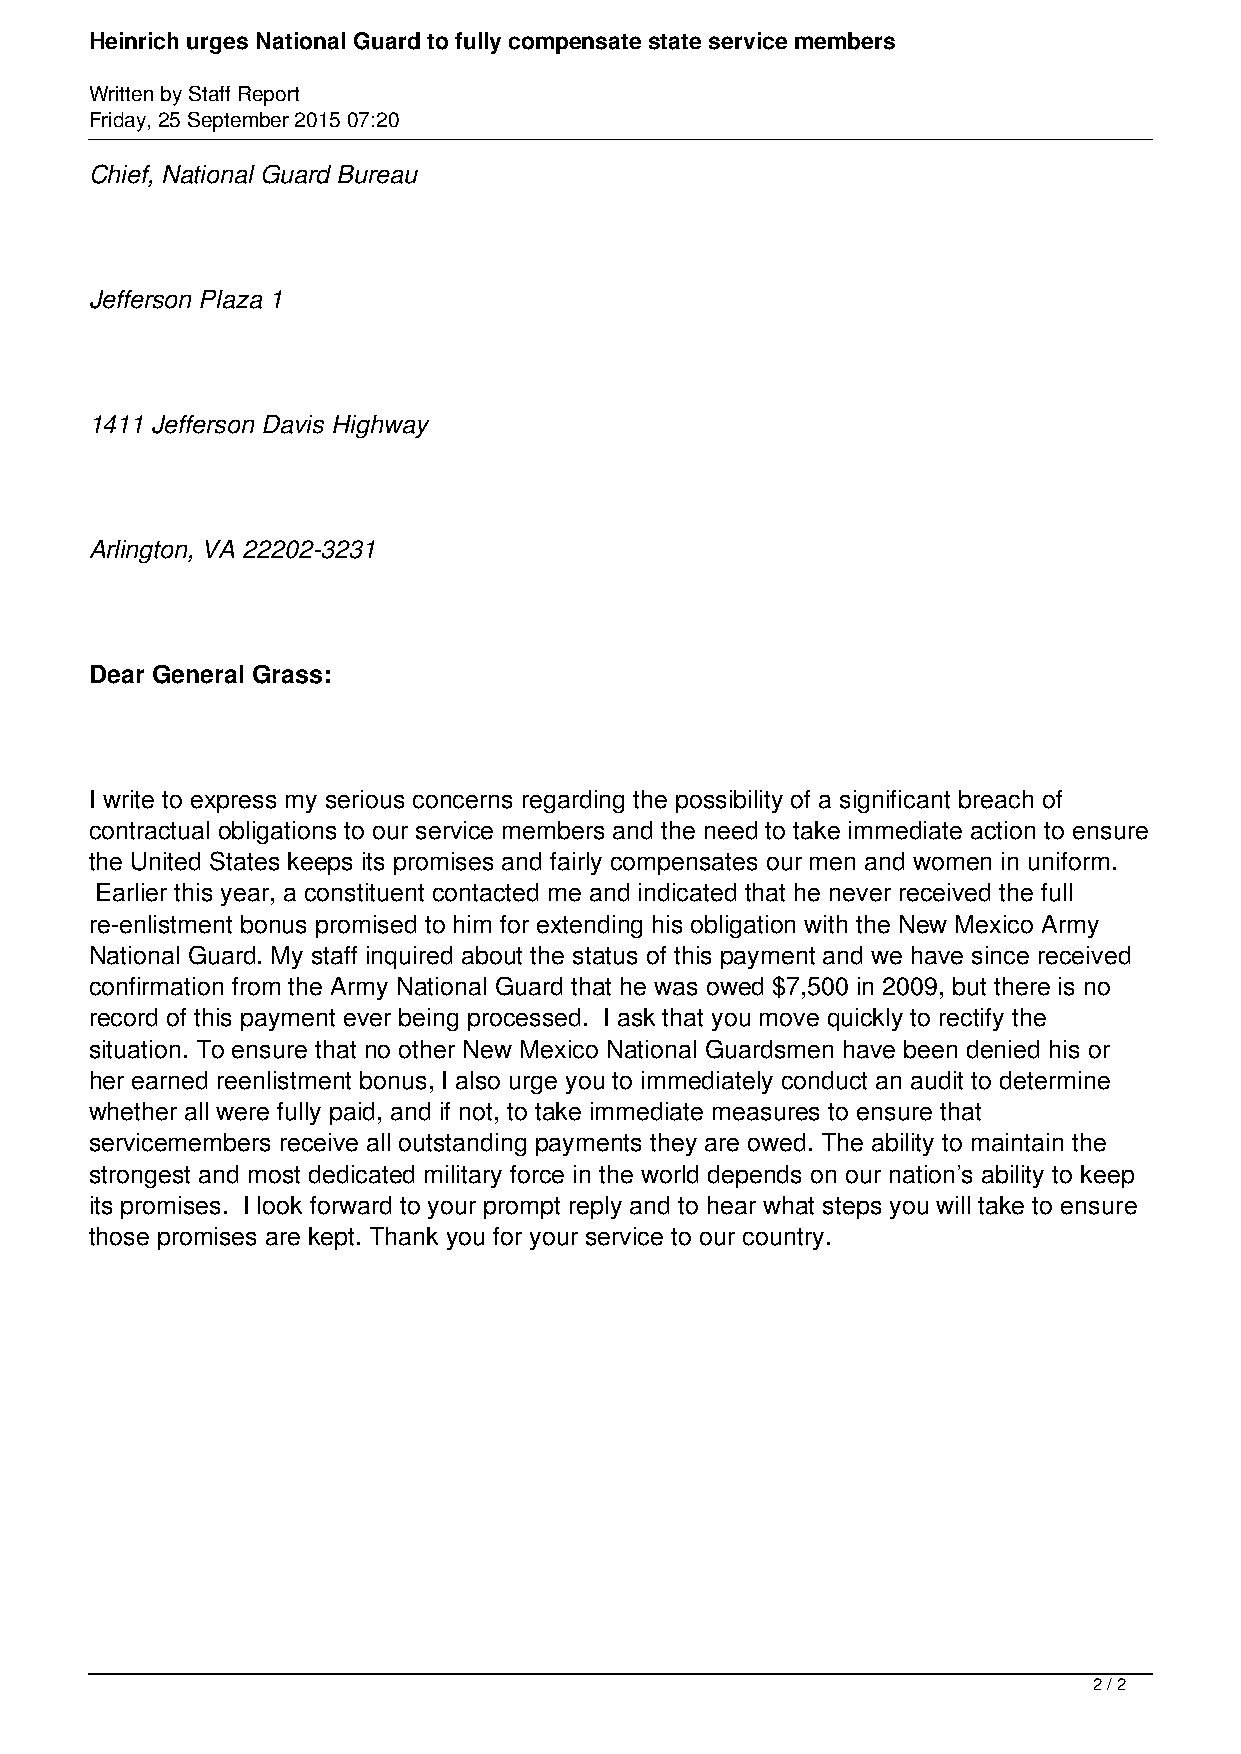
Heinrich urges National Guard to fully compensate state service members
 Written by Staff Report
 Friday, 25 September 2015 07:20
 Chief, National Guard Bureau
 Jefferson Plaza 1
 1411 Jefferson Davis Highway
 Arlington, VA 22202-3231
 Dear General Grass:
 I write to express my serious concerns regarding the possibility of a significant breach of
 contractual obligations to our service members and the need to take immediate action to ensure
 the United States keeps its promises and fairly compensates our men and women in uniform.
 Earlier this year, a constituent contacted me and indicated that he never received the full
 re-enlistment bonus promised to him for extending his obligation with the New Mexico Army
 National Guard. My staff inquired about the status of this payment and we have since received
 confirmation from the Army National Guard that he was owed $7,500 in 2009, but there is no
 record of this payment ever being processed. I ask that you move quickly to rectify the
 situation. To ensure that no other New Mexico National Guardsmen have been denied his or
 her earned reenlistment bonus, I also urge you to immediately conduct an audit to determine
 whether all were fully paid, and if not, to take immediate measures to ensure that
 servicemembers receive all outstanding payments they are owed. The ability to maintain the
 strongest and most dedicated military force in the world depends on our nation’s ability to keep
 its promises. I look forward to your prompt reply and to hear what steps you will take to ensure
 those promises are kept. Thank you for your service to our country.
 2 / 2